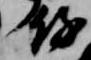
待